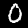
Label: 0